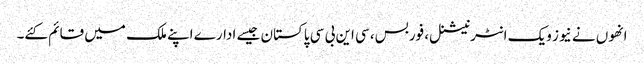
انھوں نے نیوز ویک انٹرنیشنل، فوربس، سی این بی سی پاکستان جیسے ادارے اپنے ملک میں قائم کئے۔